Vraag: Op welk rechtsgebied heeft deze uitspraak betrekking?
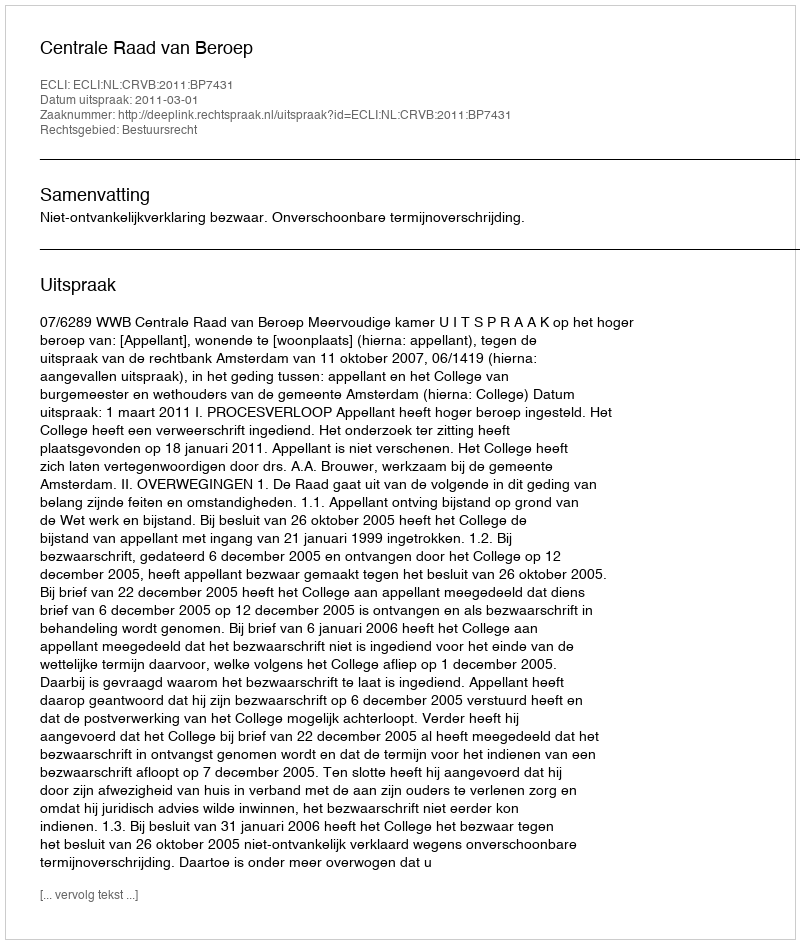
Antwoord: Bestuursrecht